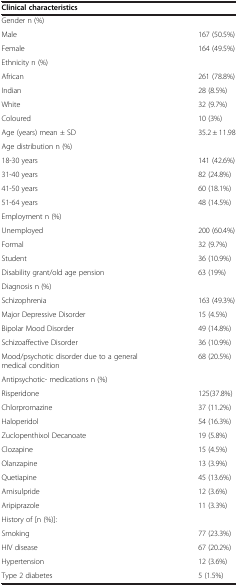
| Clinical characteristics |  |
 | --- | --- |
 | Gender n (%) |  |
 | Male | 167 (50.5%) |
 | Female | 164 (49.5%) |
 | Ethnicity n (%) |  |
 | African | 261 (78.8%) |
 | Indian | 28 (8.5%) |
 | White | 32 (9.7%) |
 | Coloured | 10 (3%) |
 | Age (years) mean ± SD | 35.2 ± 11.98 |
 | Age distribution n (%) |  |
 | 18-30 years | 141 (42.6%) |
 | 31-40 years | 82 (24.8%) |
 | 41-50 years | 60 (18.1%) |
 | 51-64 years | 48 (14.5%) |
 | Employment n (%) |  |
 | Unemployed | 200 (60.4%) |
 | Formal | 32 (9.7%) |
 | Student | 36 (10.9%) |
 | Disability grant/old age pension | 63 (19%) |
 | Diagnosis n (%) |  |
 | Schizophrenia | 163 (49.3%) |
 | Major Depressive Disorder | 15 (4.5%) |
 | Bipolar Mood Disorder | 49 (14.8%) |
 | Schizoaffective Disorder | 36 (10.9%) |
 | Mood/psychotic disorder due to a general medical condition | 68 (20.5%) |
 | Antipsychotic- medications n (%) |  |
 | Risperidone | 125(37.8%) |
 | Chlorpromazine | 37 (11.2%) |
 | Haloperidol | 54 (16.3%) |
 | Zuclopenthixol Decanoate | 19 (5.8%) |
 | Clozapine | 15 (4.5%) |
 | Olanzapine | 13 (3.9%) |
 | Quetiapine | 45 (13.6%) |
 | Amisulpride | 12 (3.6%) |
 | Aripiprazole | 11 (3.3%) |
 | History of [n (%)]: |  |
 | Smoking | 77 (23.3%) |
 | HIV disease | 67 (20.2%) |
 | Hypertension | 12 (3.6%) |
 | Type 2 diabetes | 5 (1.5%) |